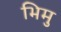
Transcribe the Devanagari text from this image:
भिमु